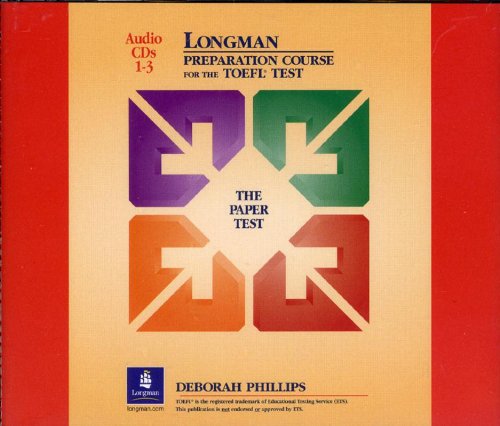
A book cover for Longman Preparation Course for the TOEFL Test (The Paper Test) Audio CDs; Deborah Phillips; Test Preparation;